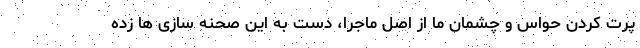
پرت کردن حواس و چشمان ما از اصل ماجرا، دست به این صحنه سازی ها زده